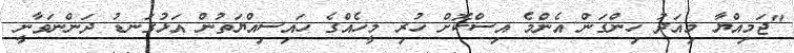
"ޖަމިއްޔާ މިއަދު ހިންގަން އެންމެ އިސްކޮށް ހުރި މީހެއްގެ ހައިސިއްޔަތުން އަޅުގަނޑު ދަންނަވާނީ